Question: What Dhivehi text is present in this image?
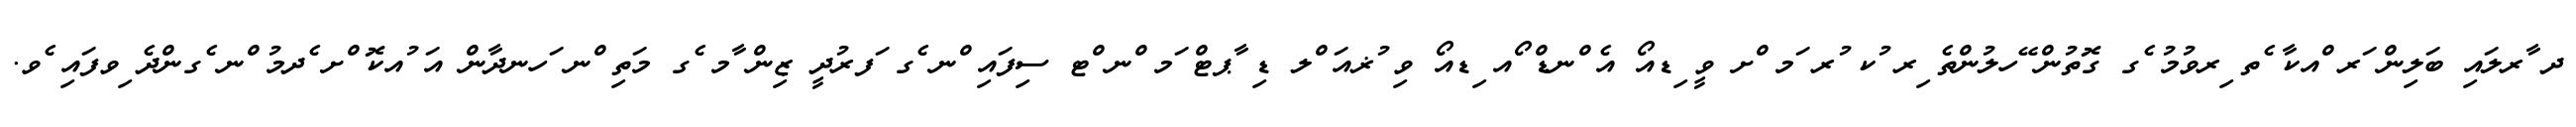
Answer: ދ ާރލައި ބަލިން ަރ ްއކާ ެތ ިރވުމު ެގ ގޮތުން ޭހލުންތެ ިރ ުކ ުރ ަމ ްށ ވީ ިޑއޯ އެ ްނޑް ޯއ ިޑއޯ ވި ުޜއަ ްލ ޑި ާޕޓް ަމ ްނ ްޓ ސިފައި ްނ ެގ ަފރުދީ ޒިން ާމ ެގ މަތި ްނ ަހނދާން އަ ުއކޮ ްށ ެދމު ްނ ެގންދެ ިވފައި ެވ.